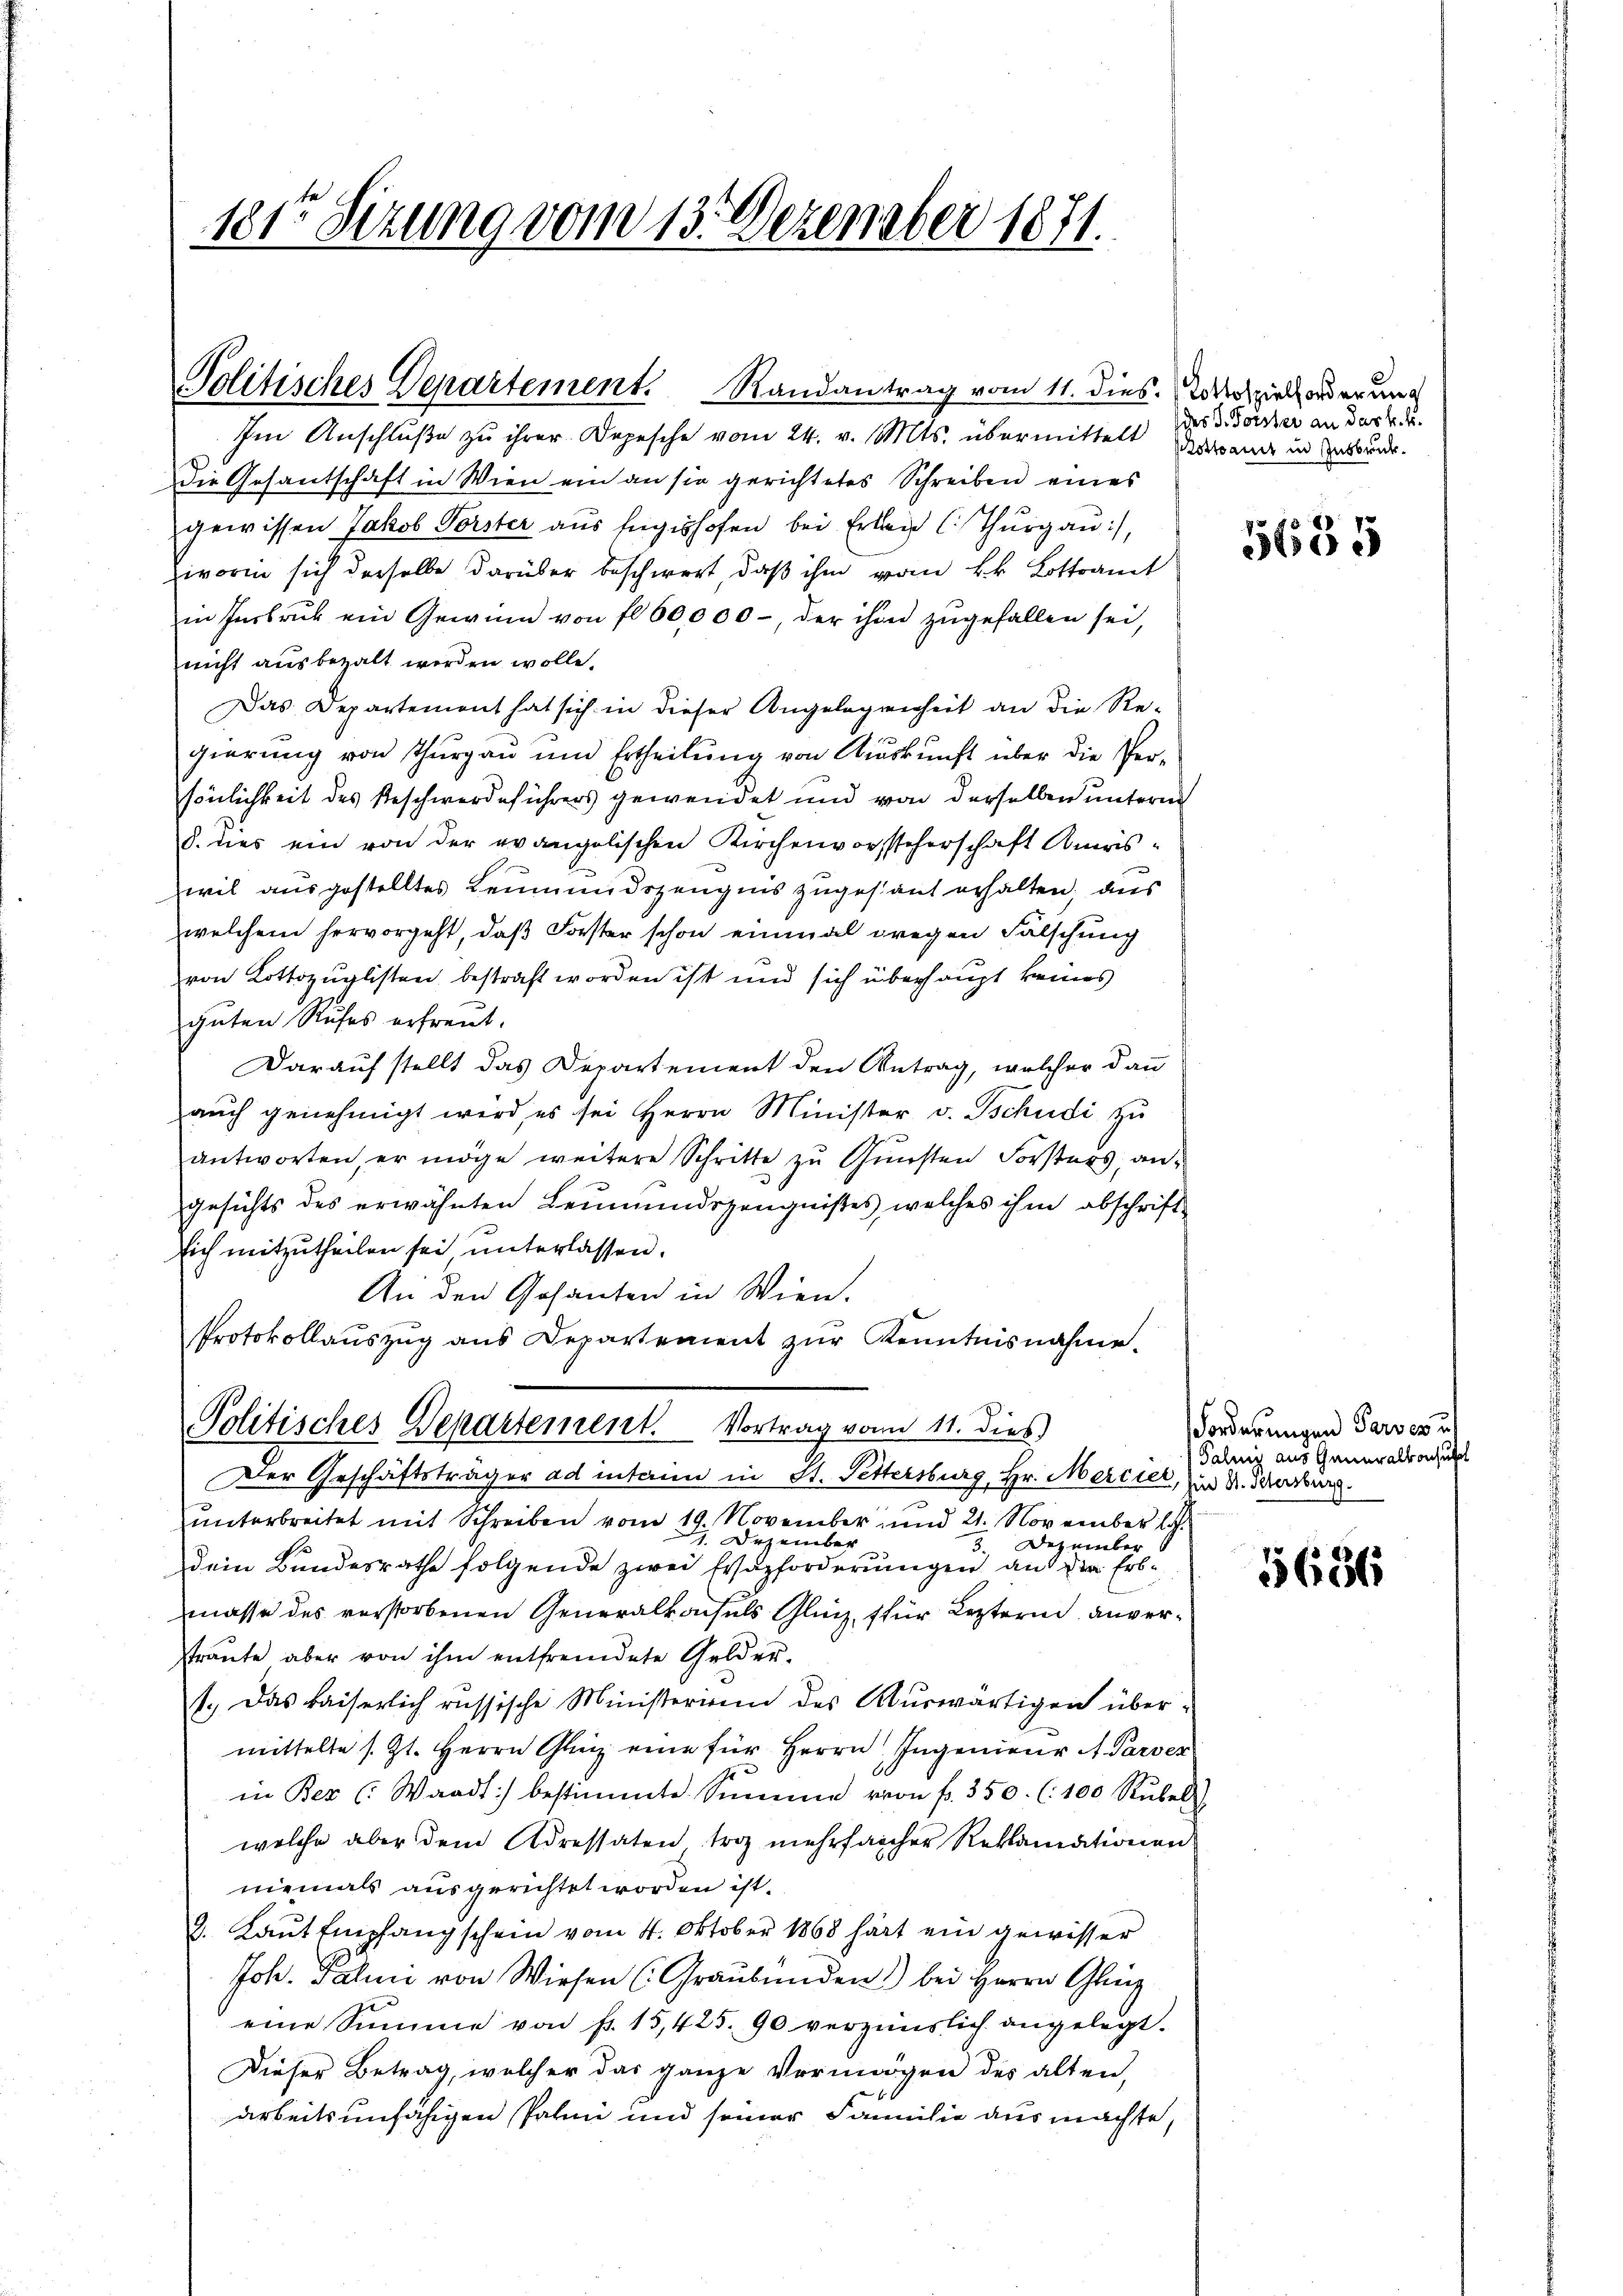
1817 Sizung vom 13. Dezember 1871.

Im Anschluße zu ihrer Depesche vom 24. v. Mts. übermittelt Arrand in Ankunde
Die Gesantschaft in Wien ein an sie gerichtetes Schreiben eines
gewissen Jakob Vorster aus fügishofen bei Erlei C. Thurgau),
Zworin sich derselbe darüber beschwert, daß ihm vom kk. Lottoamt
in Insbruk ein Gewinn von fl 60,000, der ihm zŭgefallen sei,
nicht ausbezalt werden wolle.
Das Departement hat sich in dieser Angelegenheit an die Re-
gierung von Thurgau und Ertheilung von Auskunft über die Per-
sönlichkeit des Beschwerdeführers gewendet und von derselben unterm
d. dies ein von der evangelischen Kirchenvorsteherschaft Amriswil ausgestelltes Leumundszeugnis zugestand erhalten; dies
welchem hervorgeht, daß Forster schon einmal wegen Falschung
von Kottozuglisten bestraft worden ist und sich überhaupt keines
guten Rufes erfreut.
Darauf stellt das Departement den Antrag, welcher dann
aŭch genehmigt wird, es sei Herrn Minister v. Tschudi zu
antworten, er möge weitere Schritte zu Gunsten Forsters, an¬
Gesichts des erwähnten Leumundszeugnißes, welches ihm abschrift
sich mitzutheilen sei, unterlassen.
An den Gesanten in Wien.
Protokollaŭszŭg ans Departement zŭr Kenntnisnahme.
Politisches Departement. Vortrag von 11. dies
Der Geschäftsträger ad intaim in St. Pettersburg, Hr. Merciel, und Dr. Scharburg.
unterbreitet mit Schreiben vom 19. November und 21. November l
1 Dezember
Dezember
5.
dem Bundesrathe folgende zwei Wazforderungen an der Erbmasse des verstorbenen Generalkonsuls Glück, für Leztern anvertraute aber von ihm entfremdete Gelder-
1.) Das kaiserlich russische Ministerium des Auswärtigen übermittelte s. Zt. Herrn Glanz eine für Herrn Ingenieur a Parver
in Bez (Waadt) bestimmte Summe von fr. 350 (100 Rubel
welche aber dem Adressaten troz mehrfacher Reklamationen
niemals ausgerichtet worden ist.
8. Laut Empfangschein vom 4. Oktober 1868 hart ein gewisser
Joh. Palmi von Wiesen (Graubünden bei Herrn Glig
eine Summe von fr. 15,425. 90 verzinslich angelegt.
Dieser Betrag, welcher das ganze Vermögen des alten,
arbeitsunfähigen Palmi und seiner Familie aus machte,

Politisches Departement. Randantrag vom 11. dies. Wozierorderung

des L. Forster an das k. k.

5655

Forderungen Perses un
Palins aus Generalkonsul

5636